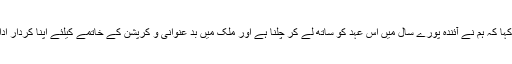
انہوں نے کہا کہ ہم نے آئندہ پورے سال میں اس عہد کو ساتھ لے کر چلنا ہے اور ملک میں بد عنوانی و کرپشن کے خاتمے کیلئے اپنا کردار ادا کرنا ہے۔